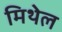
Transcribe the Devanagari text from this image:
मिथेल